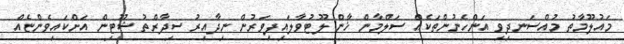
މައުލޫމާތު މުއްސަނދިވި އަންހެނުންތަކެއް ސަލްމާން ޚާން ލޫޓުވާލައިފިވަރުން ނިދާއިރު ސިދާރްތު ޝޫޓިން އަށްކައިވެންޏެއް